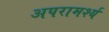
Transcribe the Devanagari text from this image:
अपरामर्श्य